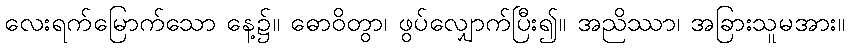
လေးရက်မြောက်သော နေ့၌။ ဓောဝိတွာ၊ ဖွပ်လျှောက်ပြီး၍။ အညိဿာ၊ အခြားသူမအား။